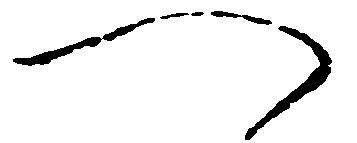
一